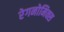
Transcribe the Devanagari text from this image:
रेगनोमिक्स